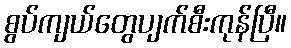
စွပ်ကျယ်တွေပျက်စီးကုန်ပြီ။